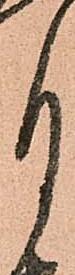
月